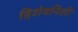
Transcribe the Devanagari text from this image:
हिशेबनिशी